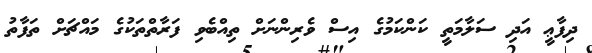
ދިފާޢީ އަދި ސަލާމަތީ ކަންކަމުގެ އިސް ވެރިންނަށް ތިއްބެވި ފަރާތްތަކުގެ މައްޗަށް ތަފާތު